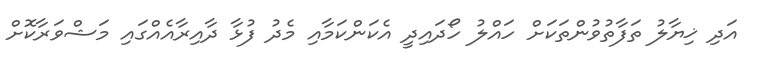
އަދި ޚިޔާލު ތަފާތުވުންތަކަށް ހައްލު ހޯދައިދީ އެކަންކަމާއި މެދު ފުޅާ ދާއިރާއެއްގައި މަޝްވަރާކޮށް